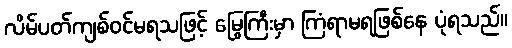
လိမ်ပတ်ကျစ်ဝင်မရသဖြင့် မြွေကြီးမှာ ကြံရာမရဖြစ်နေ ပုံရသည်။